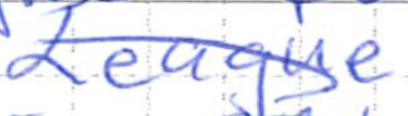
Text: League
Cross-out: diagonal
Writing tool: ballpoint